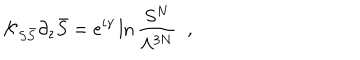
{ \cal K } _ { S \bar { S } } \partial _ { z } \bar { S } = e ^ { i \gamma } \ln \frac { S ^ { N } } { \Lambda ^ { 3 N } } \; \; ,